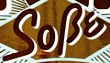
SOPE